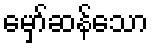
မှော်ဆန်သော